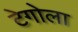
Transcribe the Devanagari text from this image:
टेगोला